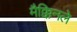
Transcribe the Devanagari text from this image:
मैक्किनले